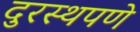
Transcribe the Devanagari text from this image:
दुरस्थपणे